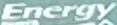
Energy